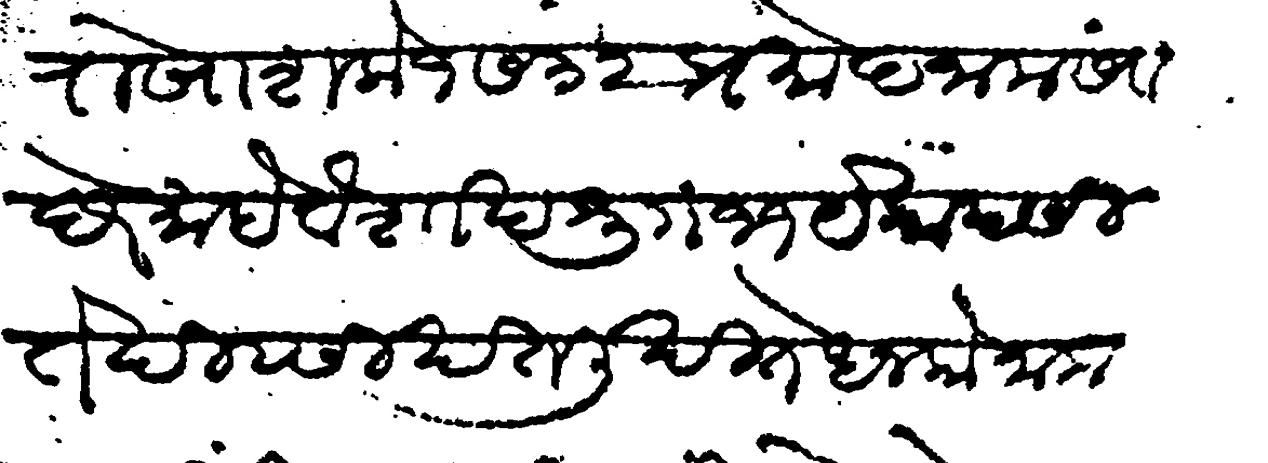
Transliteration (Devanagari): रोखा शके १७३२ प्रमोद नाम संवछरे माहे वैशाख शु  ११ येकादसी ते दिवसी खत लिखिते धनको नाम